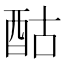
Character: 酤